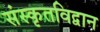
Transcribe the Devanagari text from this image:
संस्कृतविद्वान